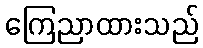
ကြေညာထားသည်